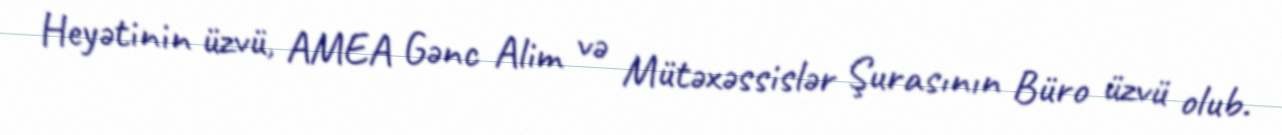
Heyətinin üzvü, AMEA Gənc Alim və Mütəxəssislər Şurasının Büro üzvü olub.